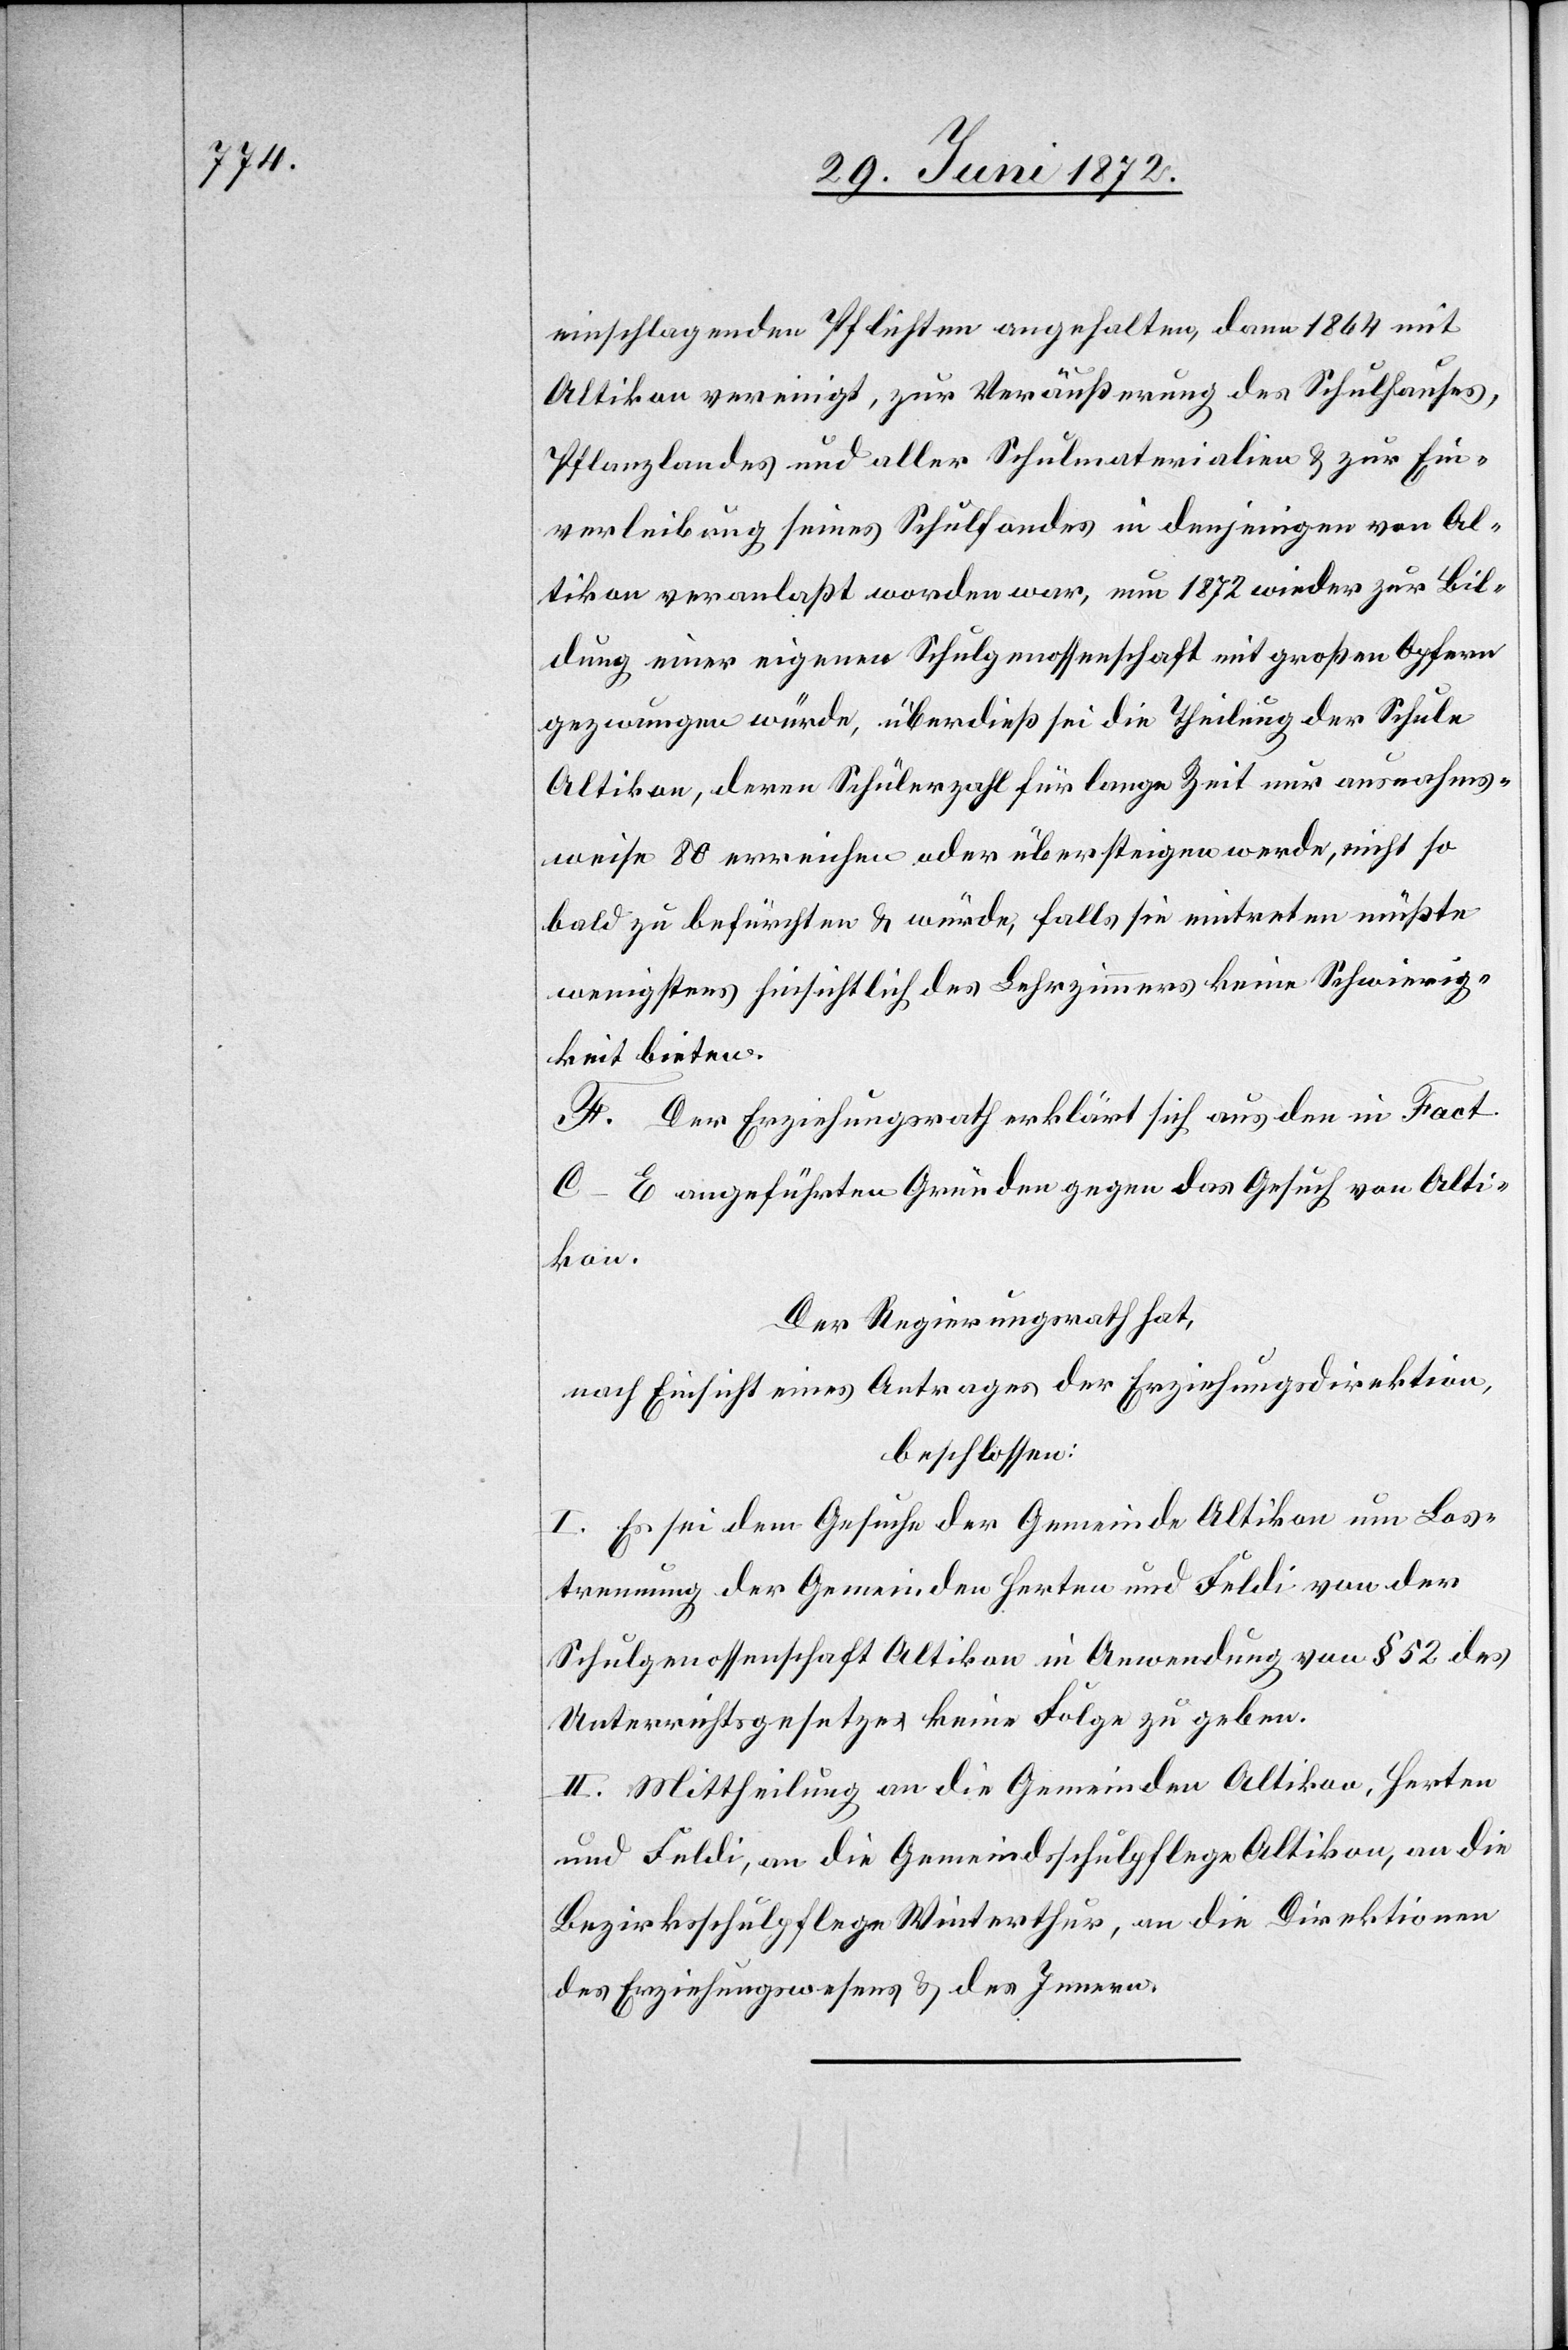
einschlagenden Pflichten angehalten, dann 1864 mit
Altikon vereinigt, zur Veräußerung des Schulhauses,
Pflanzlandes und aller Schulmaterialien u. zur Ein¬
verleibung seines Schulfondes in denjenigen von Al¬
tikon veranlaßt worden war, nun 1872 wieder zur Bil¬
dung einer eigenen Schulgenossenschaft mit großen Opfern
gezwungen würde, überdieß sei die Theilung der Schule
Altikon, deren Schülerzahl für lange Zeit nur ausnahms¬
weise 80 erreichen oder übersteigen werde, nicht so
bald zu befürchten u. würde, falls sie eintreten müßte
wenigstens hinsichtlich des Lehrzimmers keine Schwierig¬
keit bieten.
F. Der Erziehungsrath erklärt sich aus den in Fact
C–E angeführten Gründen gegen das Gesuch von Alti¬
kon.
Der Regierungsrath hat,
nach Einsicht eines Antrages der Erziehungsdirektion,
beschlossen:
I. Es sei dem Gesuche der Gemeinde Altikon um Los¬
trennung der Gemeinden Herten und Feldi von der
Schulgenossenschaft Altikon in Anwendung von § 52 des
Unterrichtsgesetzes keine Folge zu geben.
II. Mittheilung an die Gemeinde Altikon, Herten
und Feldi, an die Gemeindschulpflege Altikon, an die
Bezirksschulpflege Winterthur, an die Direktionen
des Erziehungswesens u. des Innern.